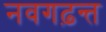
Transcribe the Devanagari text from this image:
नवगढ़न्त